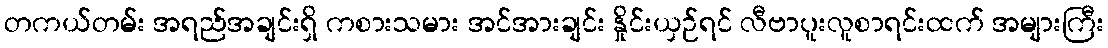
တကယ်တမ်း အရည်အချင်းရှိ ကစားသမား အင်အားချင်း နှိုင်းယှဉ်ရင် လီဗာပူးလူစာရင်းထက် အများကြီး